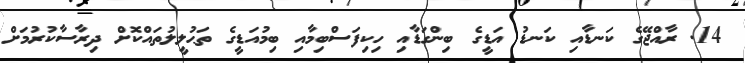
14. ރާއްޖޭގެ ކަނޑާއި ކަނޑު އަޑީގެ ބިންގަޑާއި ހިކިފަސްބިމާއި ބިމުއަޑީގެ ތަޙުލީލުތައްކޮށް ދިރާސާކުރުމަށް